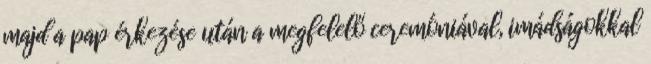
majd a pap érkezése után a megfelelő ceremóniával, imádságokkal